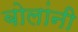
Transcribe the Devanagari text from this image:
बोलांनी